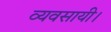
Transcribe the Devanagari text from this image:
व्यवसायी।